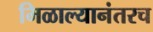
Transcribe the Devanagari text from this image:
मिळाल्यानंतरच